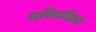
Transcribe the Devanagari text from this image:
चरितादिकों